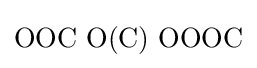
\mathrm {OOC\,\,O(C)\,\,OOOC}